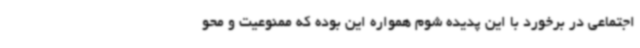
اجتماعی در برخورد با این پدیده شوم همواره این بوده که ممنوعیت و محو